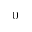
^ 0